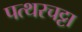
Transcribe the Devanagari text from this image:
पत्थरचट्टा